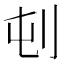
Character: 𪞿